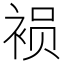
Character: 𮷁